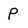
Character: p